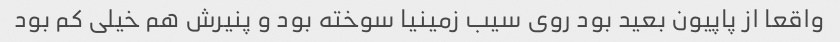
واقعا از پاپیون بعید بود روی سیب زمینیا سوخته بود و پنیرش هم خیلی کم بود